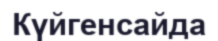
Күйгенсайда